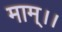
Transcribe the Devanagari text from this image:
माम्।।